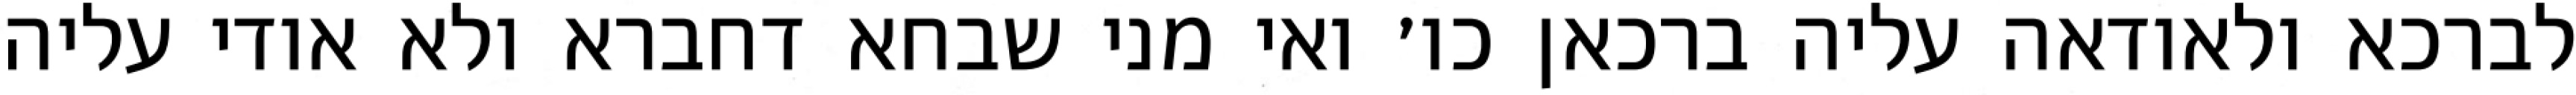
לברכא ולאודאה עליה ברכאן כו׳ ואי מני שבחא דחברא ולא אודי עליה